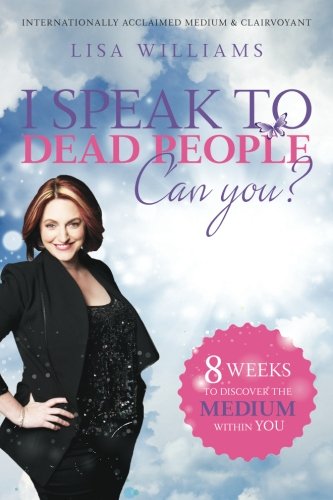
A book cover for I Speak to Dead People. Can You?; Lisa Williams; Religion & Spirituality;